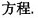
方程.